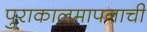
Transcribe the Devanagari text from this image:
पुराकालमापनाची